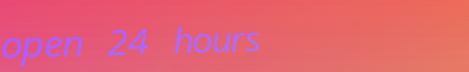
open 24 hours